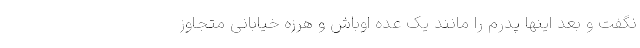
نگفت و بعد اینها پدرم را مانند یک عده اوباش و هرزه خیابانی متجاوز